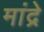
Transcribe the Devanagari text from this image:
मांद्रे